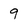
Character: 9